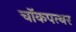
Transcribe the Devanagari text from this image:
चॉकपत्थर